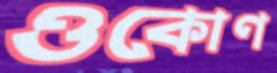
ওকোণ